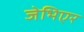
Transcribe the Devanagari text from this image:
जेभिएर